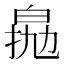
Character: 𤽵